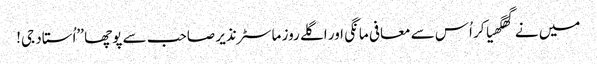
میں نے گھگھیا کر اُس سے معافی مانگی اور اگلے روز ماسٹر نذیر صاحب سے پوچھا ’’اُستاد جی!